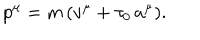
p ^ { \mu } = m \, ( v ^ { \mu } + \tau _ { 0 } \, a ^ { \mu } ) .